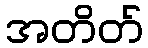
အတိတ်